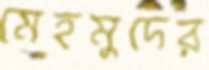
মেহমুদের